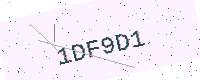
Text: 1DF9D1